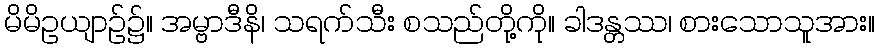
မိမိဥယျာဉ်၌။ အမ္ဗာဒီနိ၊ သရက်သီး စသည်တို့ကို။ ခါဒန္တဿ၊ စားသောသူအား။